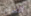
الشارب